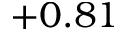
+ 0 . 8 1